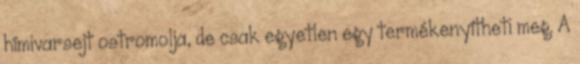
hímivarsejt ostromolja, de csak egyetlen egy termékenyítheti meg. A